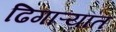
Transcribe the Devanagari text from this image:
ढिगाऱ्यात